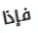
فإذا